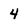
Character: 4